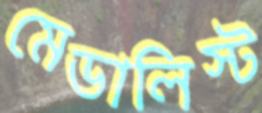
মেডালিস্ট